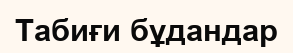
Табиғи бұдандар